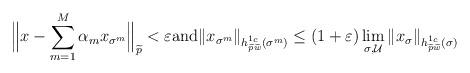
LaTeX: \begin{align*} \Big\| x - \sum_{m=1}^M \alpha_m x_{\sigma^m} \Big\|_{\widetilde{p}} < \varepsilon \mbox{and} \|x_{\sigma^m}\|_{h^{1_c}_{\widetilde{p}\widetilde{w}}(\sigma^m)} \le (1+\varepsilon) \lim_{\sigma,\mathcal{U}} \|x_\sigma\|_{h^{1_c}_{\widetilde{p}\widetilde{w}}(\sigma)}\end{align*}